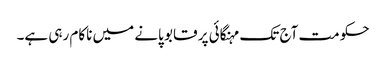
حکومت آج تک مہنگائی پر قابو پانے میں ناکام رہی ہے۔